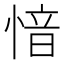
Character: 愔